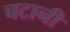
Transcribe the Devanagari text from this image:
चटानी